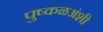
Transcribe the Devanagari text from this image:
पुष्कळअंशी